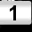
Digit: 1